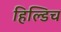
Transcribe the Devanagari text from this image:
हिल्डिच